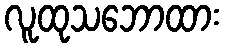
လူထုသဘောထား